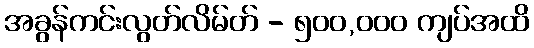
အခွန်ကင်းလွတ်လိမ်တ် - ၅၀၀,၀၀၀ ကျပ်အထိ